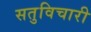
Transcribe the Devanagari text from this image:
सतुविचारी